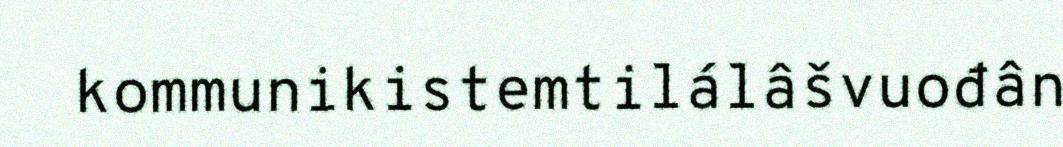
kommunikistemtilálâšvuođân